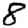
Digit: 8